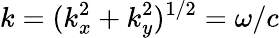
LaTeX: k=(k_{x}^{2}+k_{y}^{2})^{1/2}=\omega/c